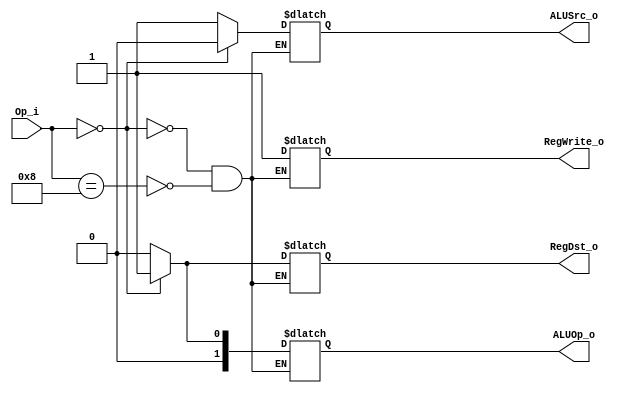
module Control(
    input      [5:0]  Op_i,
    output reg        RegDst_o,
    output reg [1:0]  ALUOp_o,
    output reg        ALUSrc_o,
    output reg        RegWrite_o
);

always @(*)begin
    if(Op_i == 6'b000000) begin //Rtype
        RegDst_o    <= 1'b1;
        ALUOp_o     <= 2'b01;
        ALUSrc_o    <= 1'b0;
        RegWrite_o  <= 1'b1;
    end
    else if(Op_i == 6'b001000) begin //I type
        RegDst_o    <= 1'b0;
        ALUOp_o     <= 2'b00;
        ALUSrc_o    <= 1'b1;
        RegWrite_o  <= 1'b1;
    end
end

endmodule